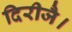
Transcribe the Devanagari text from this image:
दिरीजै।